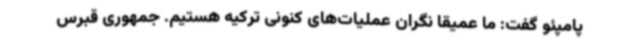
پامپئو گفت: ما عمیقا نگران عملیات‌های کنونی ترکیه هستیم. جمهوری قبرس